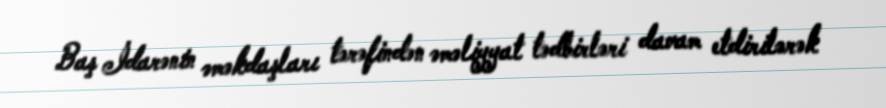
Baş İdarənin əməkdaşları tərəfindən əməliyyat tədbirləri davam etdirilərək